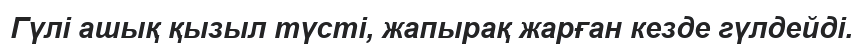
Гүлі ашық қызыл түсті, жапырақ жарған кезде гүлдейді.